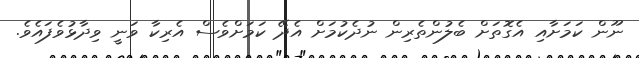
ނޫން ކަމަށާއި އެގޮތަށް ބެލުންތެރިން ނުދެކުމަށް އެދޭ ކަމަށްވެސް އެރިކާ ވަނީ ވިދާޅުވެފައެވެ.